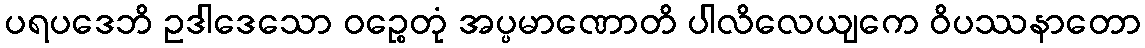
ပရပဒေဘိ ဥဒါဒေသော ဝဉ္စေတုံ အပ္ပမာဏောတိ ပါလိလေယျကေ ဝိပဿနာတော